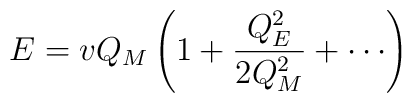
E = v Q_M\left(1 + {Q_E^2 \over2 Q_M^2} + \cdots \right)